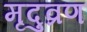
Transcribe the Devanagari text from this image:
मृदुव्रण